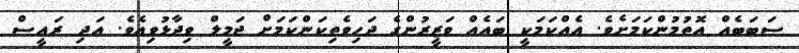
ސަބަބެއް އޮތުމުންކަމަށެވެ. އެއްކަމަކީ ބައެއް ވަޒީރުންގެ ދަހިވެތިކަންކަމަށް ޖަމީލް ވިދާޅުވިއެވެ. އަދި ރައީސް